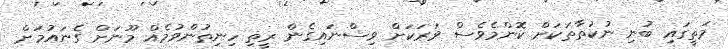
މަތީގައި ބުނި ނުކުތާތަކަށް ކޮންމެވެސް ވަރަކަށް ވިސްނައިގެން ރީތި ހިނިތުންވުމެއް މޫނަށް ގެނައުމަށް